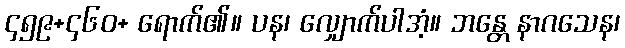
၄၅၉+၄၆၀+ ရောက်၏။ ပန၊ လျှောက်ပါအံ့။ ဘန္တေ နာဂသေန၊